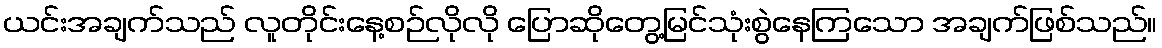
ယင်းအချက်သည် လူတိုင်းနေ့စဉ်လိုလို ပြောဆိုတွေ့မြင်သုံးစွဲနေကြသော အချက်ဖြစ်သည်။